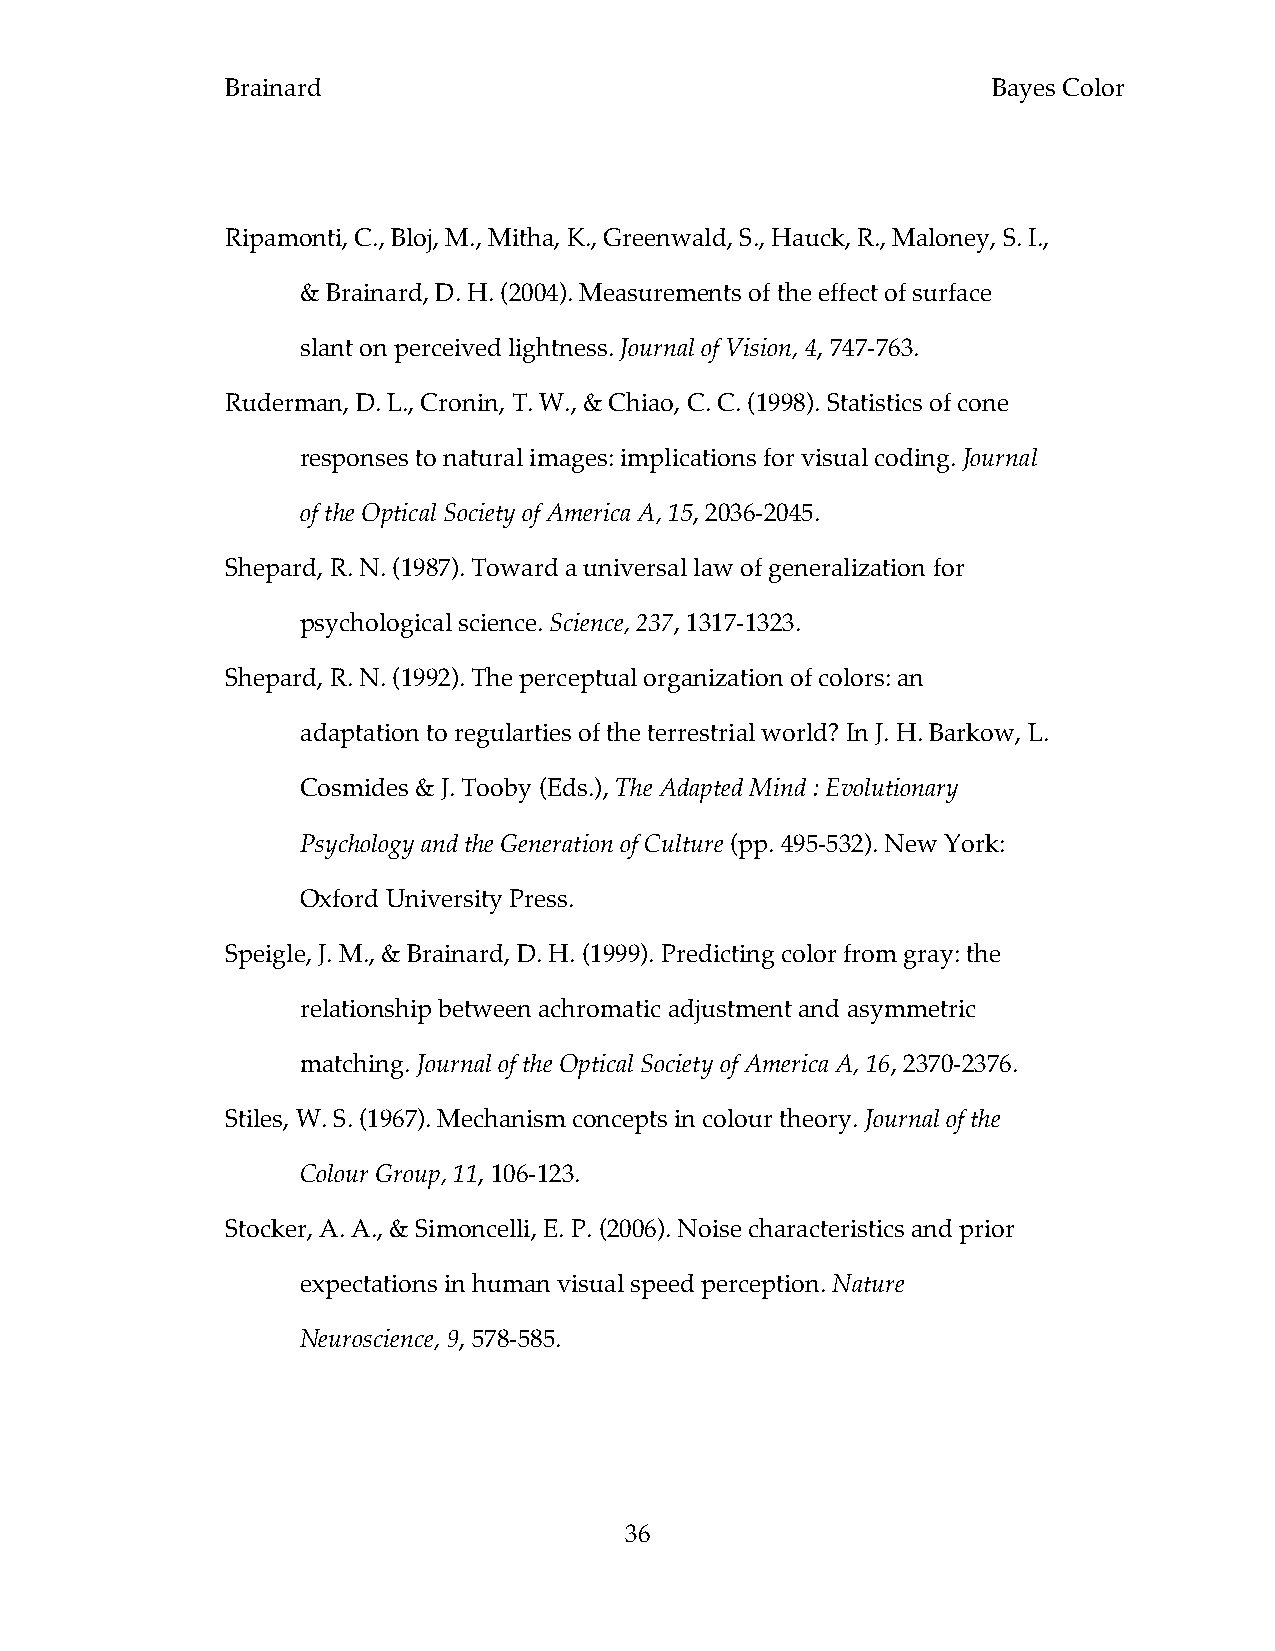
Brainard                                           Bayes Color
 Ripamonti, C., Bloj, M., Mitha, K., Greenwald, S., Hauck, R., Maloney, S. I.,
 & Brainard, D. H. (2004). Measurements of the effect of surface
 slant on perceived lightness. Journal of Vision, 4, 747-763.
 Ruderman, D. L., Cronin, T. W., & Chiao, C. C. (1998). Statistics of cone
 responses to natural images: implications for visual coding. Journal
 of the Optical Society of America A, 15, 2036-2045.
 Shepard, R. N. (1987). Toward a universal law of generalization for
 psychological science. Science, 237, 1317-1323.
 Shepard, R. N. (1992). The perceptual organization of colors: an
 adaptation to regularties of the terrestrial world? In J. H. Barkow, L.
 Cosmides & J. Tooby (Eds.), The Adapted Mind : Evolutionary
 Psychology and the Generation of Culture (pp. 495-532). New York:
 Oxford University Press.
 Speigle, J. M., & Brainard, D. H. (1999). Predicting color from gray: the
 relationship between achromatic adjustment and asymmetric
 matching. Journal of the Optical Society of America A, 16, 2370-2376.
 Stiles, W. S. (1967). Mechanism concepts in colour theory. Journal of the
 Colour Group, 11, 106-123.
 Stocker, A. A., & Simoncelli, E. P. (2006). Noise characteristics and prior
 expectations in human visual speed perception. Nature
 Neuroscience, 9, 578-585.
 36